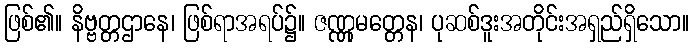
ဖြစ်၏။ နိဗ္ဗတ္တဌာနေ၊ ဖြစ်ရာအရပ်၌။ ဇဏ္ဏုမတ္တေန၊ ပုဆစ်ဒူးအတိုင်းအရှည်ရှိသော။